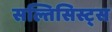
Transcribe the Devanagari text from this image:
सल्तिसिस्ट्स